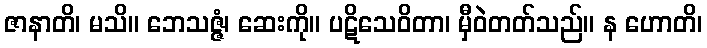
ဇာနာတိ၊ မသိ။ ဘေသဇ္ဇံ၊ ဆေးကို။ ပဋိသေဝိတာ၊ မှီဝဲတတ်သည်။ န ဟောတိ၊